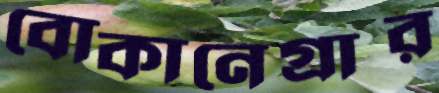
বোকানেগ্রার